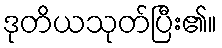
ဒုတိယသုတ်ပြီး၏။